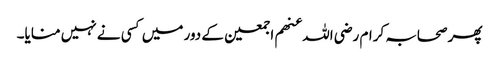
پھر صحابہ کرام رضی اللہ عنھم اجمعین کے دور میں کسی نے نہیں منایا۔